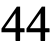
44